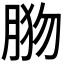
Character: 𦛦